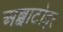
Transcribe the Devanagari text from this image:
अब्बाटोइर